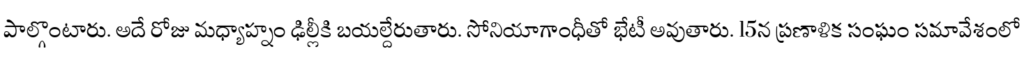
పాల్గొంటారు. అదే రోజు మధ్యాహ్నం ఢిల్లీకి బయల్దేరుతారు. సోనియాగాంధీతో భేటీ అవుతారు. 15న ప్రణాళిక సంఘం సమావేశంలో